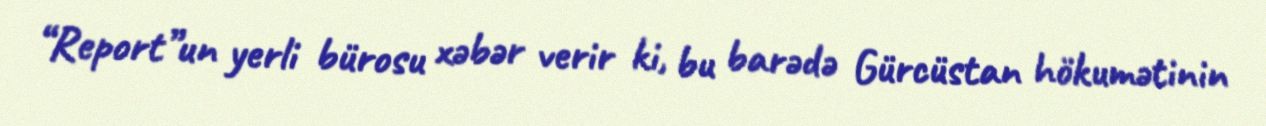
“Report”un yerli bürosu xəbər verir ki, bu barədə Gürcüstan hökumətinin